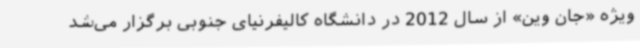
ویژه «جان وین» از سال 2012 در دانشگاه کالیفرنیای جنوبی برگزار می‌شد